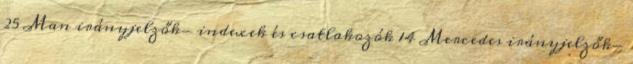
25 Man irányjelzők- indexek és csatlakozók 14 Mercedes irányjelzők-